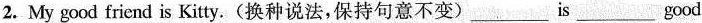
2. My good friend is Kitty.(换种说法,保持句意不变) ___ is ___ good